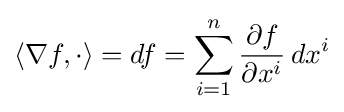
\langle \nabla f,\cdot \rangle =df=\sum _{i=1}^{n}{\frac {\partial f}{\partial x^{i}}}\,dx^{i}